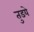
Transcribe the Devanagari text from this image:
तुडये